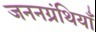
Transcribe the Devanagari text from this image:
जननग्रंथियाँ